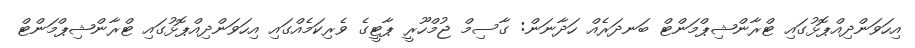
އިހަވަންދިއްޕޮޅުގައި ޓްރާންޝިޕްމަންޓް ބަނދަރެއް ހަދާނަން: ގާސިމް ޖުމްހޫރީ ޕާޓީގެ ވެރިކަމެއްގައި އިހަވަންދިއްޕޮޅުގައި ޓްރާންޝިޕްމަންޓް